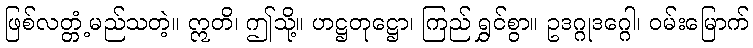
ဖြစ်လတ္တံ့မည်သတဲ့။ ဣတိ၊ ဤသို့။ ဟဋ္ဌတုဋ္ဌော၊ ကြည် ရွှင်စွာ။ ဥဒဂ္ဂုဒဂ္ဂေါ၊ ဝမ်းမြောက်